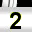
Digit: 2